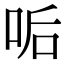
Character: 㖃